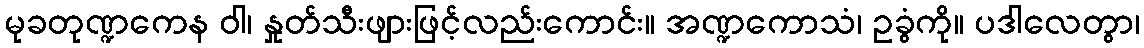
မုခတုဏ္ဍကေန ဝါ၊ နှုတ်သီးဖျားဖြင့်လည်းကောင်း။ အဏ္ဍကောသံ၊ ဥခွံကို။ ပဒါလေတွာ၊